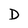
Character: D